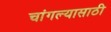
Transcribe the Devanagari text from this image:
चांगल्यासाठी